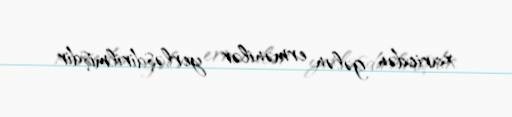
xaricdən gələn ermənilər yerləşdirilmişdir.